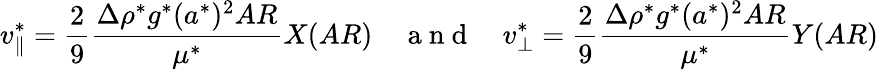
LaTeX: v_{\parallel}^{*}=\frac{2}{9}\frac{\Delta\rho^{*}g^{*}(a^{*})^{2}AR}{\mu^{*}}X(AR)\quad\mathrm{~a~n~d~}\quad v_{\bot}^{*}=\frac{2}{9}\frac{\Delta\rho^{*}g^{*}(a^{*})^{2}AR}{\mu^{*}}Y(AR)